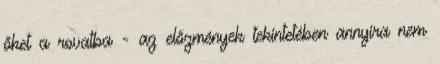
őket a rovatba - az előzmények tekintetében annyira nem